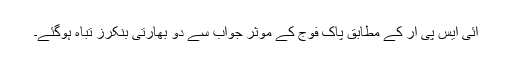
آئی ایس پی آر کے مطابق پاک فوج کے موثر جواب سے دو بھارتی بنکرز تباہ ہوگئے۔